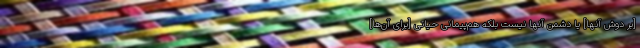
[بر دوش آنها] یا دشمن آنها نیست بلکه هم‌پیمانی حیاتی [برای آن‌ها]